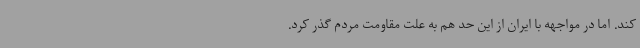
کند. اما در مواجهه با ایران از این حد هم به علت مقاومت مردم گذر کرد.